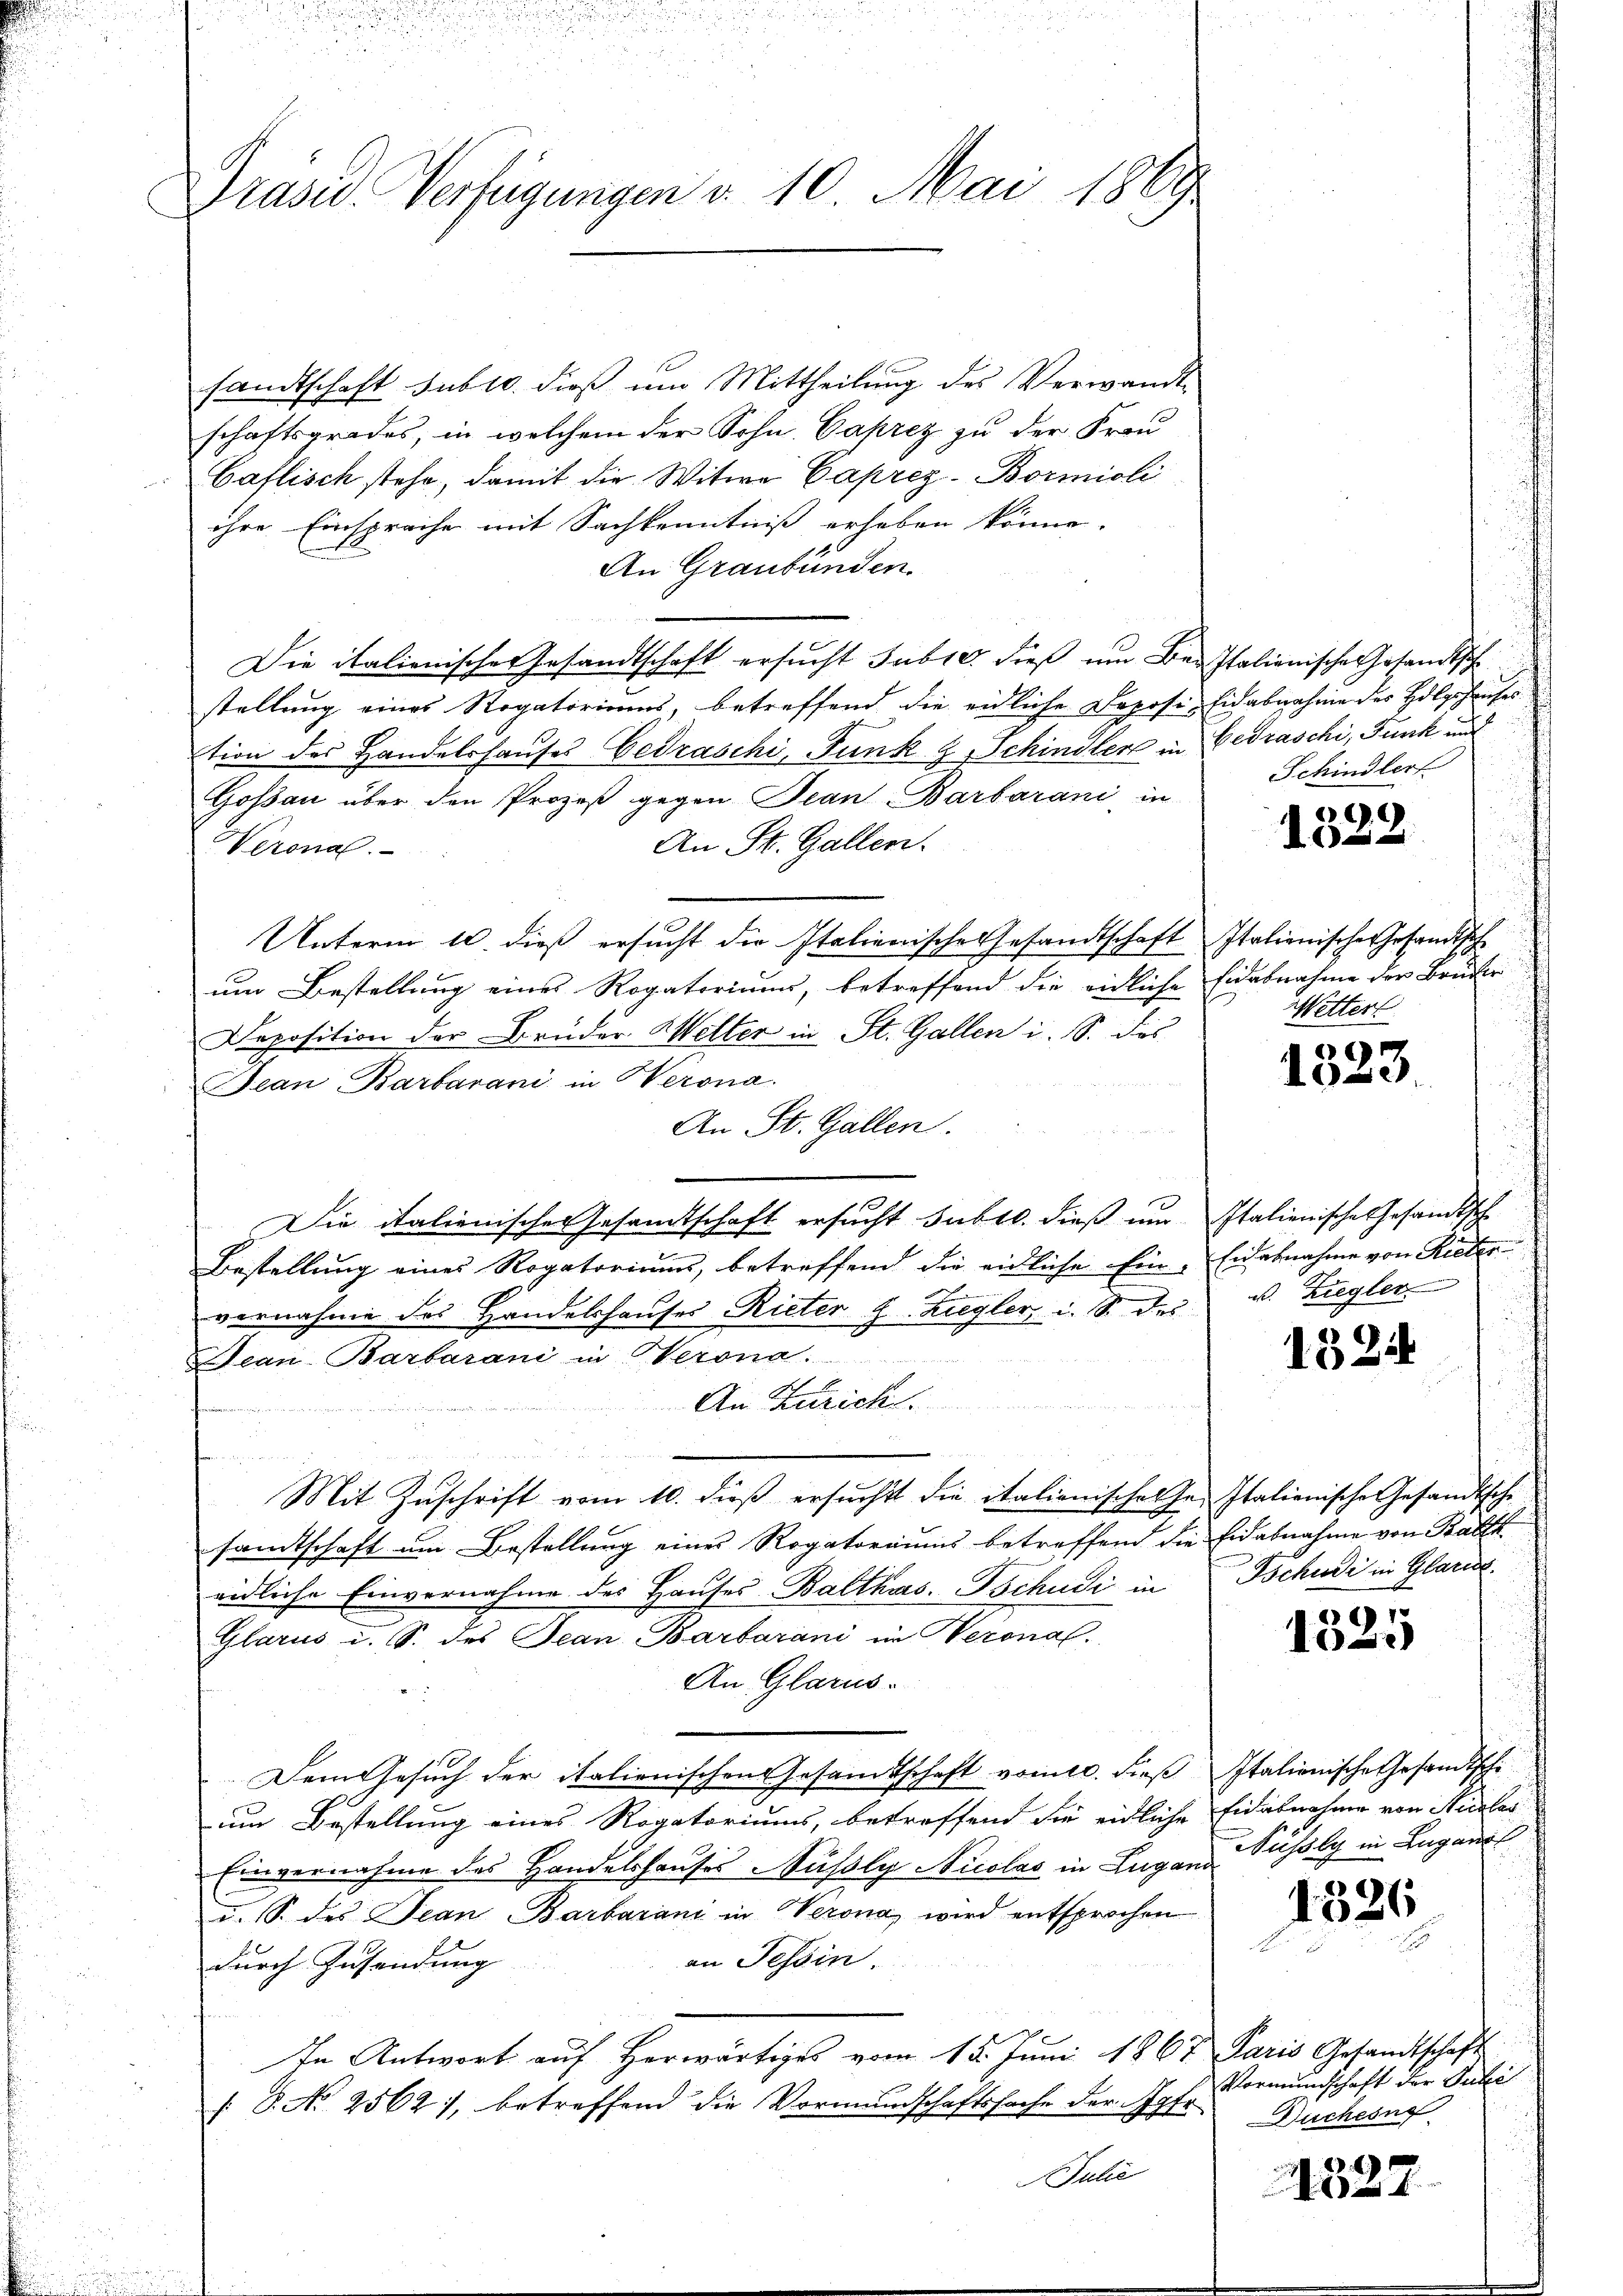
Prasiv-Verfügungen d. 10. Mai 1869

sandtschaft sub 10. dieß um Mittheilung des Verwandt
schaftsgrades, in welchem der Sohn Caprez zu der Frau
Caflisch stehe, damit die Witwe Caprez-Bormioli
ihre Einspreche mit Sachkenntniß erheben könne.
An Graubünden.
Die italienisches Gesandtschaft ersucht subro dieß um Bea Italienische Gesandtsch
stellung eines Rogatoriums, betreffend die eidliche Deposi-Eidabnahme der Holgshauses
tion des Handelshauses Gedraschi, Funk u. Schindler in Bedraschi, Funk und
Goßau über den Prozeß gegen Jean Barbarani in
An St. Gallen.
Werona.
Unterm 10. dieß ersucht die Italienische Gesandtschaft Italienische Gesandtsch
um Bestellung eines Rogatorium, betreffend die eidliche Eidabnahme der Bruder
Deposition der Brüder Welter in St. Gallen i. S. des
Jean Barbarani in Werona
An St. Gallen.
Die italienisches Gesandtschaft ersucht subt. dieß um Italienische Gesandtsch
Bestellung eines Rogatorium, betreffend die eidliche Ein- Eidesnahme von Rieder-
vernahme des Handelshauses Rieter J. Ziegler, i. S. des
Jean Barbarani in Verona.
An Zürich.
.

Mit Zŭschrift vom 10. dieβ ersŭcht die italienische hr. Italienische Gesandtsche
samtschaft um Bestellung eines Rogatoriums betreffend die Eidabnahme von Balth
eidliche Einvernahme des Hauses Balthas. Tschudi in Tschudi in Glarus
Glarus u. S. des Jean Barbarani im Veronal
An Glarus.
Dem Gesuch der italienischen Gesamtschaft vom 10. dieß Italionische Gesandtsche
um Bestellung eines Rogatoriums, betreffend die eidliche Eidesnahme von Nürler
Einvernahme des Handelshauses Nüssly Nicolas in Luganz Sihly in Lugano
u. S. des Jean Barbaranz in Verona wird entsprochen
an Tessin.
durch Zusendung
In Antwort auf Herwärtiges vom 15. Juni 1867
 8. No 2562), betreffend die Vormundschaftssache der Apfe
ulić

Schindler

.9)
2

Wetter

1323.

v. Ziegler

1324

9
13.)

1326

Paris Gesandtschaft
Vormundschaft der Juli
Duchesne

1529